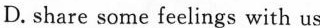
D. share some feelings with us